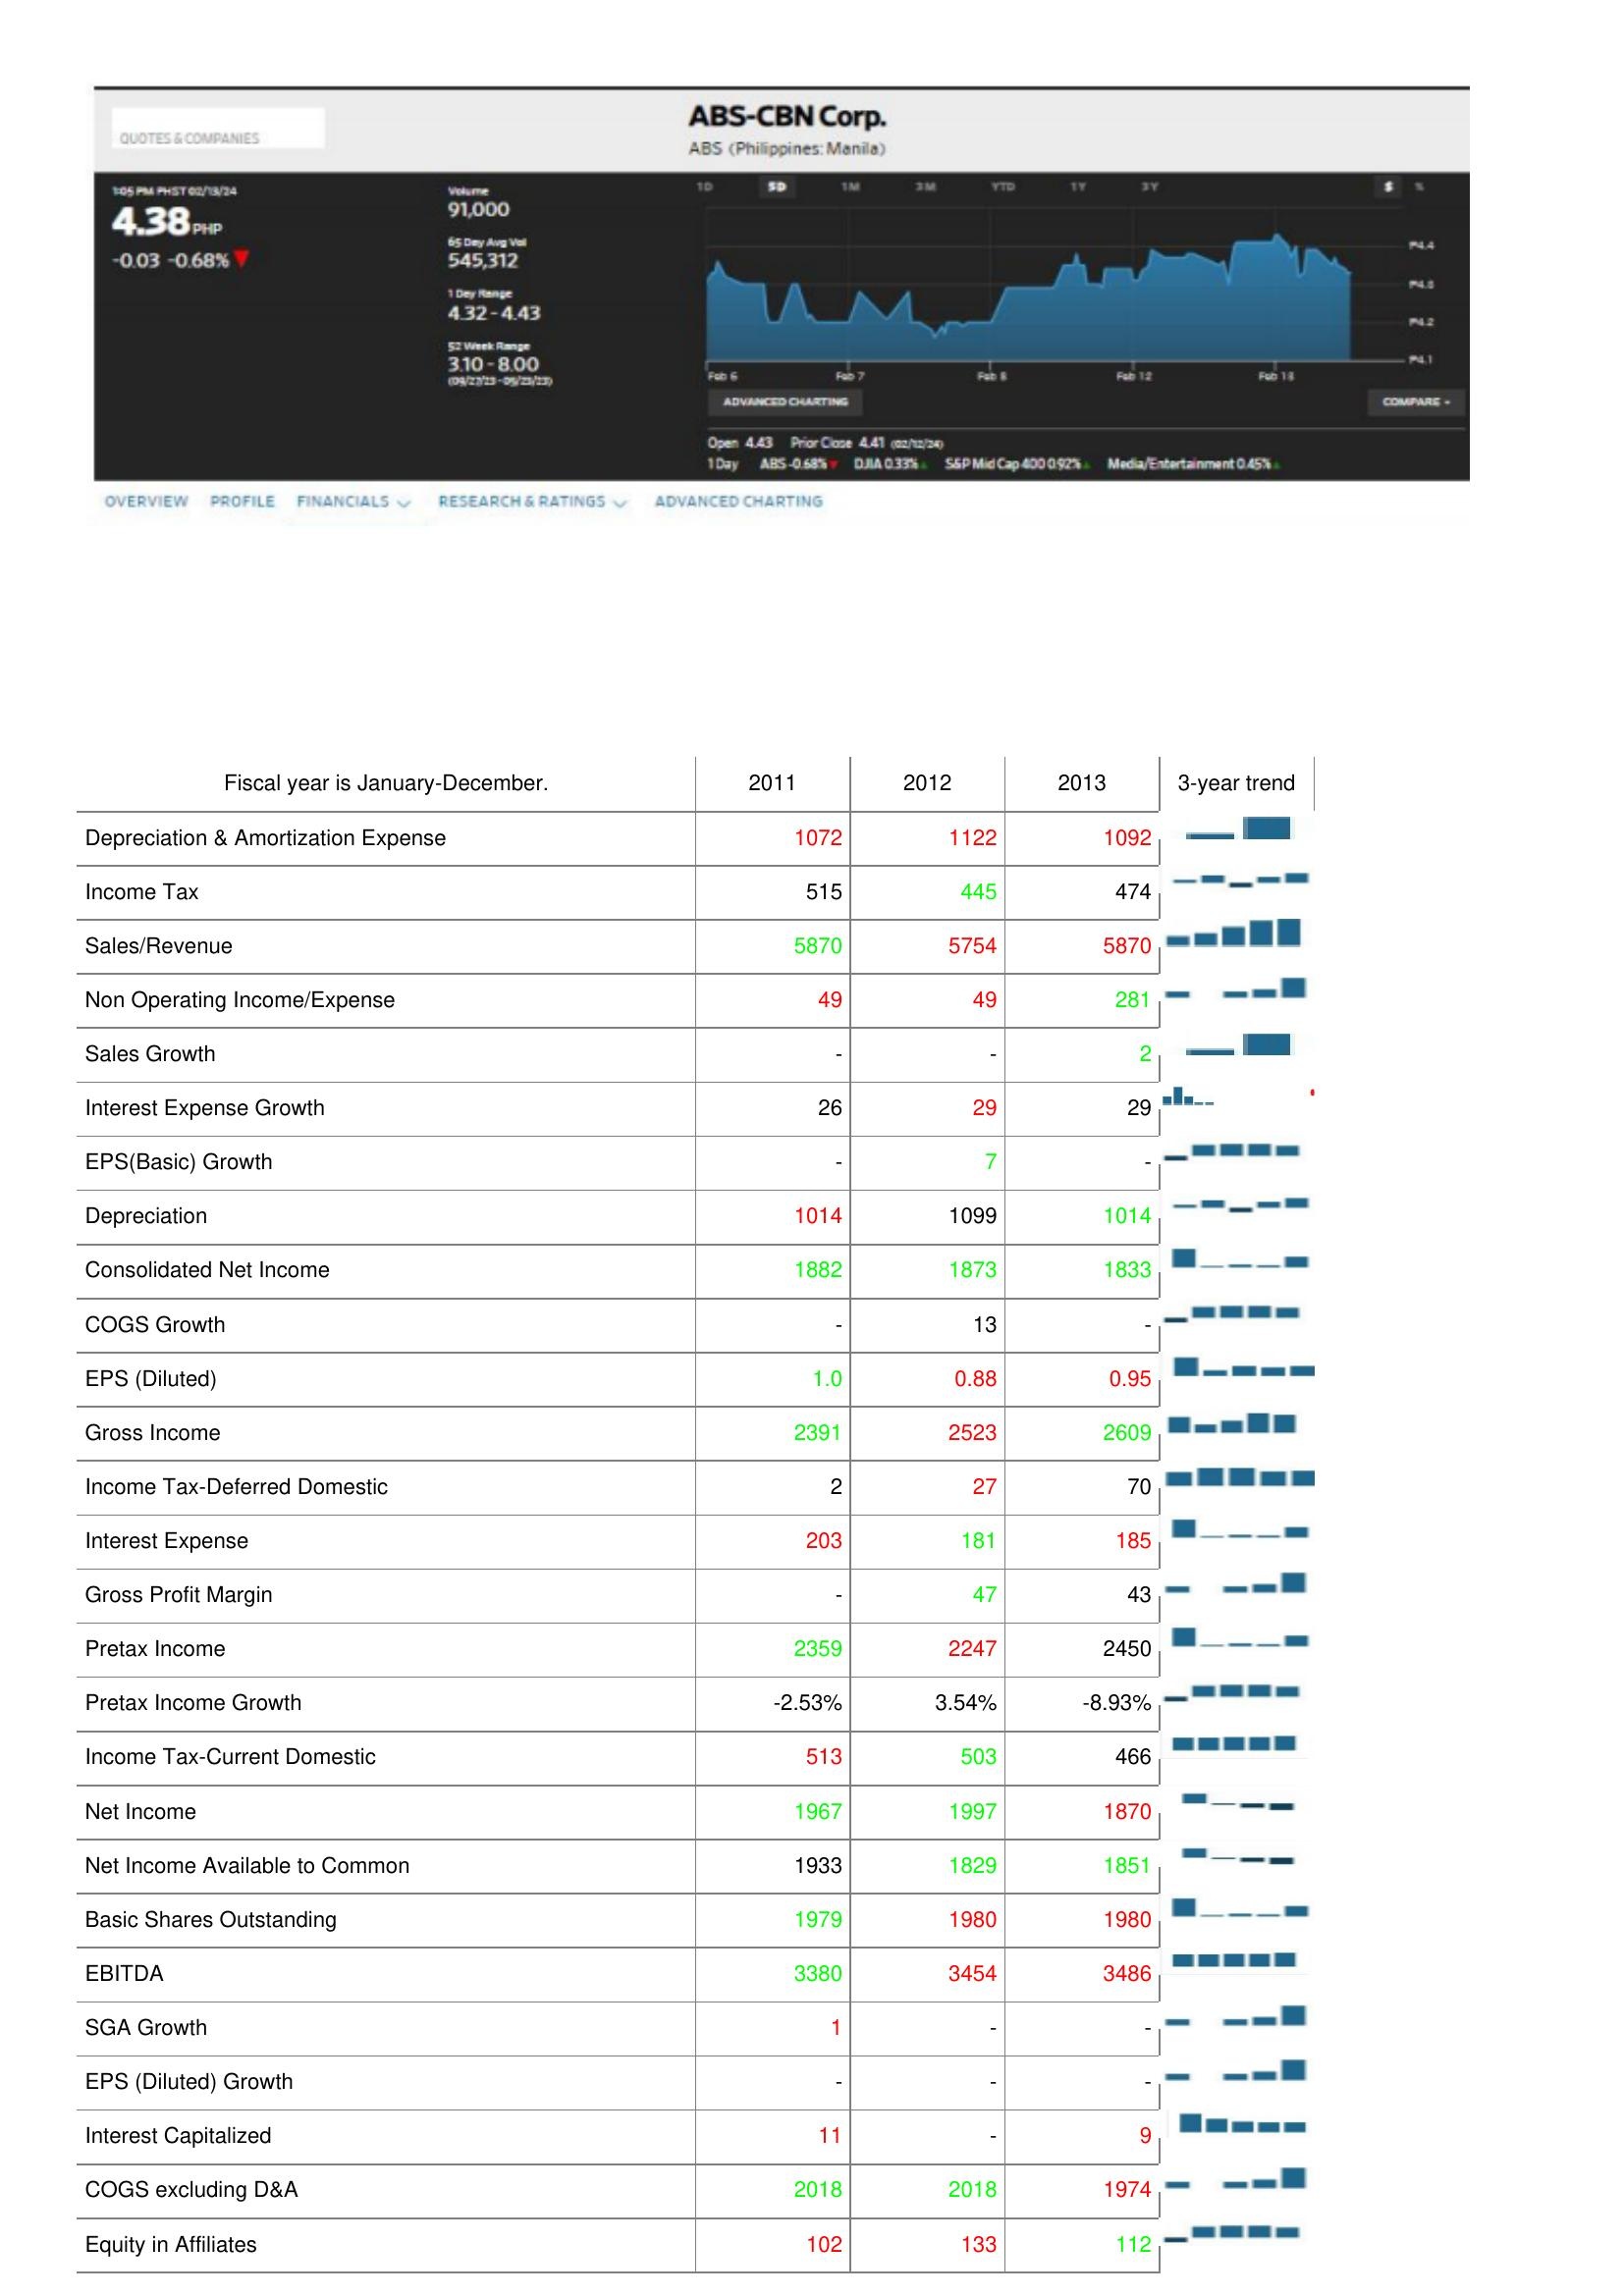
2011: : Depreciation & Amortization Expense: 1072
Income Tax: 515
Sales/Revenue: 5870
Non Operating Income/Expense: 49
Sales Growth: -
Interest Expense Growth: 26
EPS(Basic) Growth: -
Depreciation: 1014
Consolidated Net Income: 1882
COGS Growth: -
EPS (Diluted): 1.0
Gross Income: 2391
Income Tax-Deferred Domestic: 2
Interest Expense: 203
Gross Profit Margin: -
Pretax Income: 2359
Pretax Income Growth: -2.53%
Income Tax-Current Domestic: 513
Net Income: 1967
Net Income Available to Common: 1933
Basic Shares Outstanding: 1979
EBITDA: 3380
SGA Growth: 1
EPS (Diluted) Growth: -
Interest Capitalized: 11
COGS excluding D&A: 2018
Equity in Affiliates: 102
2012: : Depreciation & Amortization Expense: 1122
Income Tax: 445
Sales/Revenue: 5754
Non Operating Income/Expense: 49
Sales Growth: -
Interest Expense Growth: 29
EPS(Basic) Growth: 7
Depreciation: 1099
Consolidated Net Income: 1873
COGS Growth: 13
EPS (Diluted): 0.88
Gross Income: 2523
Income Tax-Deferred Domestic: 27
Interest Expense: 181
Gross Profit Margin: 47
Pretax Income: 2247
Pretax Income Growth: 3.54%
Income Tax-Current Domestic: 503
Net Income: 1997
Net Income Available to Common: 1829
Basic Shares Outstanding: 1980
EBITDA: 3454
SGA Growth: -
EPS (Diluted) Growth: -
Interest Capitalized: -
COGS excluding D&A: 2018
Equity in Affiliates: 133
2013: : Depreciation & Amortization Expense: 1092
Income Tax: 474
Sales/Revenue: 5870
Non Operating Income/Expense: 281
Sales Growth: 2
Interest Expense Growth: 29
EPS(Basic) Growth: -
Depreciation: 1014
Consolidated Net Income: 1833
COGS Growth: -
EPS (Diluted): 0.95
Gross Income: 2609
Income Tax-Deferred Domestic: 70
Interest Expense: 185
Gross Profit Margin: 43
Pretax Income: 2450
Pretax Income Growth: -8.93%
Income Tax-Current Domestic: 466
Net Income: 1870
Net Income Available to Common: 1851
Basic Shares Outstanding: 1980
EBITDA: 3486
SGA Growth: -
EPS (Diluted) Growth: -
Interest Capitalized: 9
COGS excluding D&A: 1974
Equity in Affiliates: 112